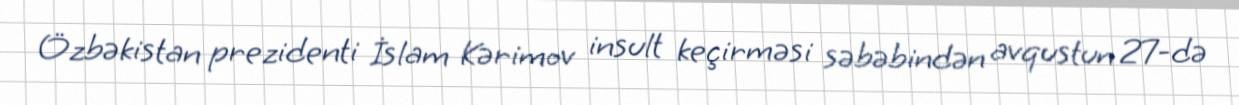
Özbəkistan prezidenti İslam Kərimov insult keçirməsi səbəbindən avqustun 27-də